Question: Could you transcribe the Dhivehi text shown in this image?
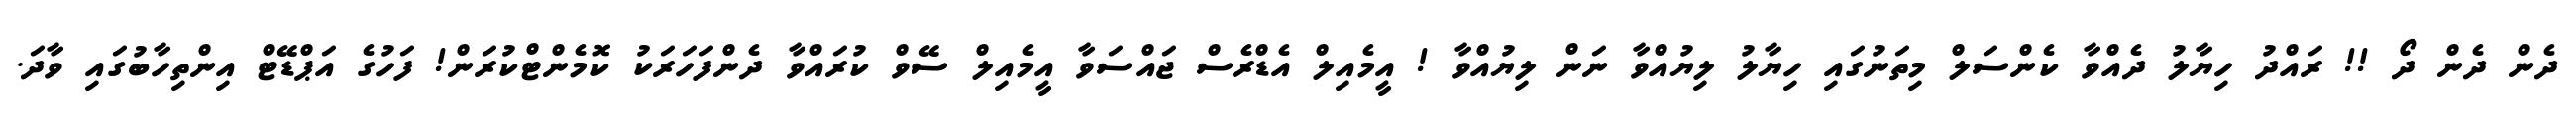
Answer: ދެން ދެން ދޯ !! ރައްދު ހިޔާލު ދެއްވާ ކެންސަލް މިތަނުގައި ހިޔާލު ލިޔުއްވާ ނަން ލިޔުއްވާ ! އީމެއިލް އެޑްރެސް ޖައްސަވާ އީމެއިލް ސޭވް ކުރައްވާ ދެންފަހަރަކު ކޮމެންޓްކުރަން! ފަހުގެ އަޕްޑޭޓް އިންތިހާބުގައި ވާދަ.